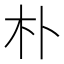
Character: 朴